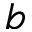
b